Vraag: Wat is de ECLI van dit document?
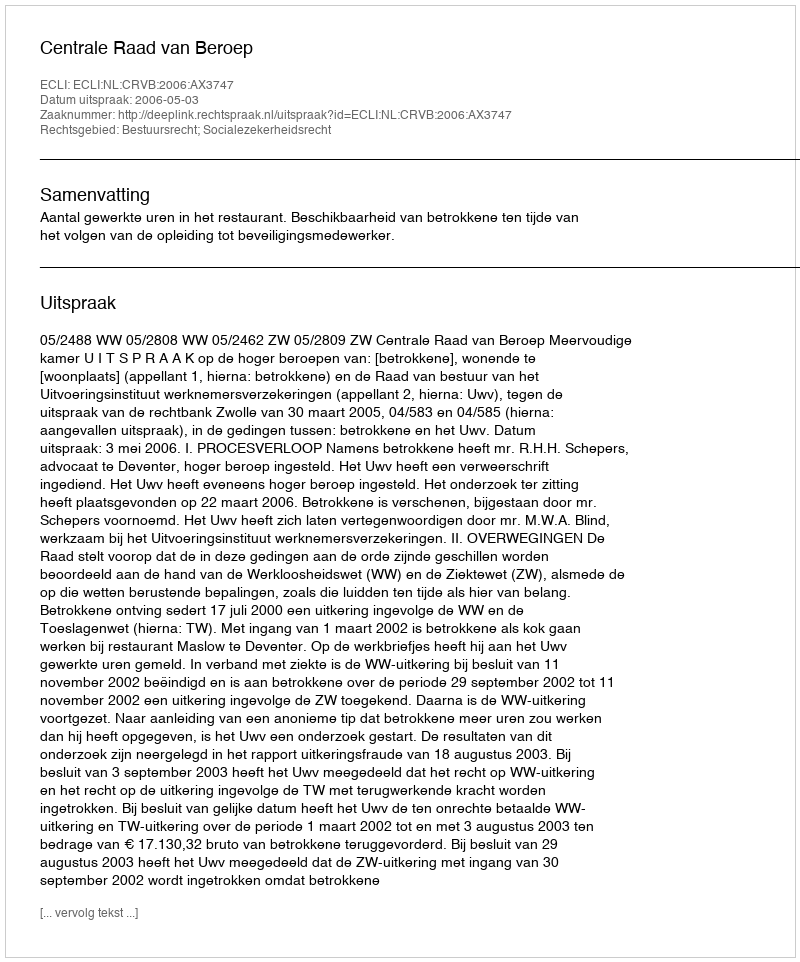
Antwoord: ECLI:NL:CRVB:2006:AX3747